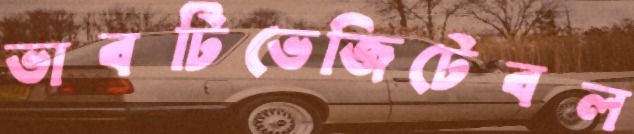
ভাবটিভেজিটেবল